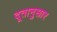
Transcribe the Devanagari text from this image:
दूतानुसार